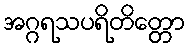
အဂ္ဂရသပရိတိတ္တော